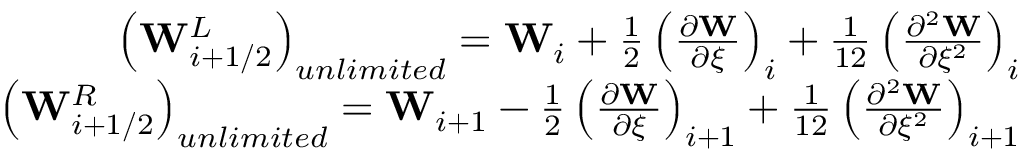
\begin{array} { r } { \left( \mathbf { W } _ { i + 1 / 2 } ^ { L } \right) _ { u n l i m i t e d } = \mathbf { W } _ { i } + \frac { 1 } { 2 } \left( \frac { \partial \mathbf { W } } { \partial \xi } \right) _ { i } + \frac { 1 } { 1 2 } \left( \frac { \partial ^ { 2 } \mathbf { W } } { \partial \xi ^ { 2 } } \right) _ { i } } \\ { \left( \mathbf { W } _ { i + 1 / 2 } ^ { R } \right) _ { u n l i m i t e d } = \mathbf { W } _ { i + 1 } - \frac { 1 } { 2 } \left( \frac { \partial \mathbf { W } } { \partial \xi } \right) _ { i + 1 } + \frac { 1 } { 1 2 } \left( \frac { \partial ^ { 2 } \mathbf { W } } { \partial \xi ^ { 2 } } \right) _ { i + 1 } } \end{array}